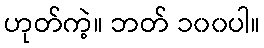
ဟုတ်ကဲ့။ ဘတ် ၁၀၀ပါ။